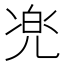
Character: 𱏧